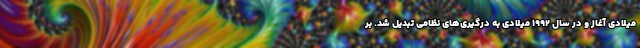
میلادی آغاز و در سال ۱۹۹۲ میلادی به درگیری‌های نظامی تبدیل شد. بر